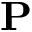
\mathbf { P }